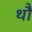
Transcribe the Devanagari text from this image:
थौ